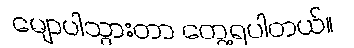
မျောပါသွားတာ တွေ့ရပါတယ်။